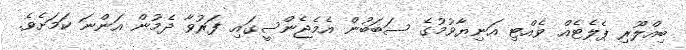
ބިއްލޫރި ޕެލެޓެއް ވެއްޓި އަނިޔާވުމުގެ ސަބަބުން އެމެޖެންސީގައި ފަރުވާ ދެމުން އަންނަ ކަމަށެވެ.